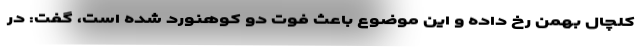
کلچال بهمن رخ داده و این موضوع باعث فوت دو کوهنورد شده است، گفت: در